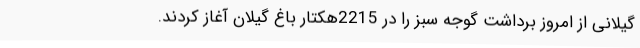
گیلانی از امروز برداشت گوجه سبز را در 2215هکتار باغ گیلان آغاز کردند.